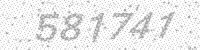
Solution: 581741